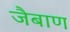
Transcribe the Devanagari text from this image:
जैबाण